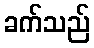
ခက်သည်